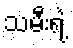
သမီးရဲ့